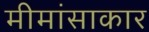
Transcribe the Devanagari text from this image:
मीमांसाकार